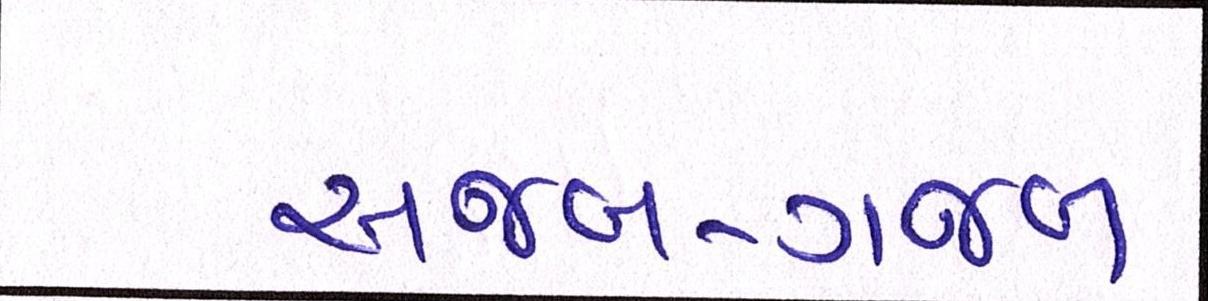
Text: અજબ-ગજબ